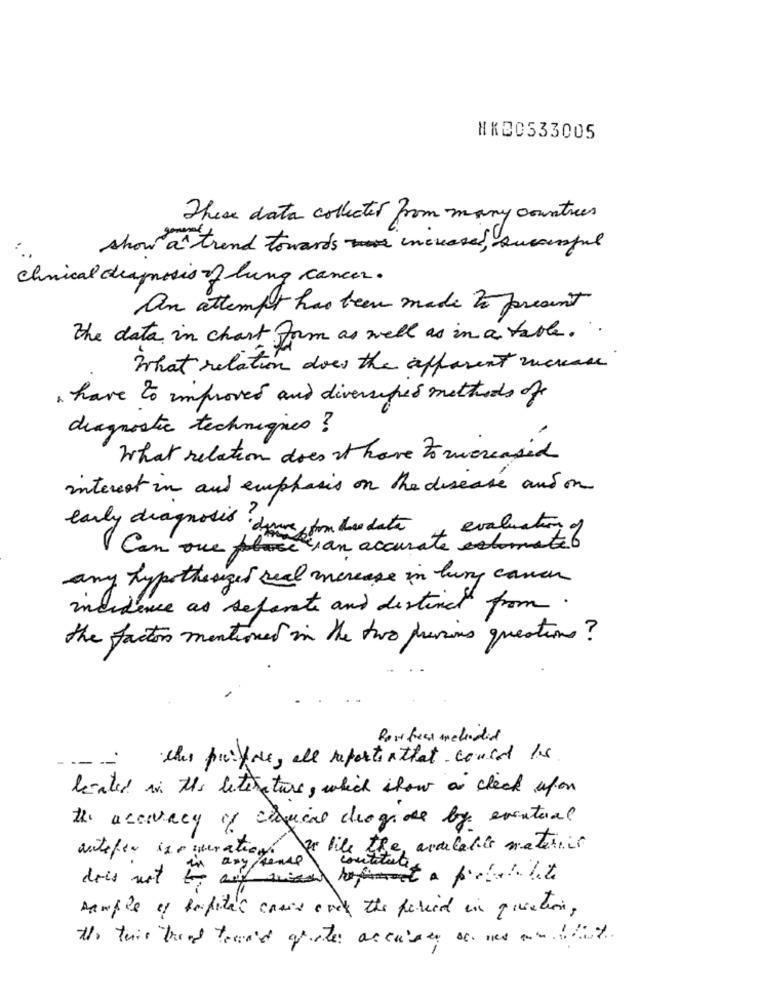
NKE0533005
These data collected from many countries
show a trend towards increased , successful
clinical deaposis of lung cancer .
an attempt has been made to present
the data in chart form as well as in a table .
What relation does the apparent muckcase
. have to improved and diversipes methods of
diagnostic techniques ?
What relation does it have to mucreased
interest in and emphasis on the disease and on
early diagnosis dowe, from due date
evaluation of
I Can one phase 1 an accurate estornate6
any hypothesized real increase in lung cance
machence as separate and distinct from.
the factors mentioned in the two persons questions?
Row fear metindid
ches pucefre, all reportsthat could Is
liated in the literature, which show a check upon
the accuracy of crucial drogide by eventual
actifer isourations de bile the available maturit
in any sense
constitute
dois not to any wiela pobl lite
sample of Repita's comis over the period in question,
the thir bond toward quotes accuracy os nes as ifit